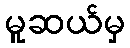
မူဆယ်မှ